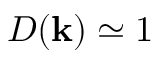
D ( \mathbf { k } ) \simeq 1